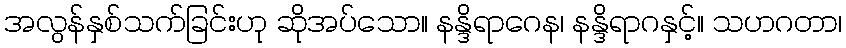
အလွန်နှစ်သက်ခြင်းဟု ဆိုအပ်သော။ နန္ဒိရာဂေန၊ နန္ဒိရာဂနှင့်။ သဟဂတာ၊